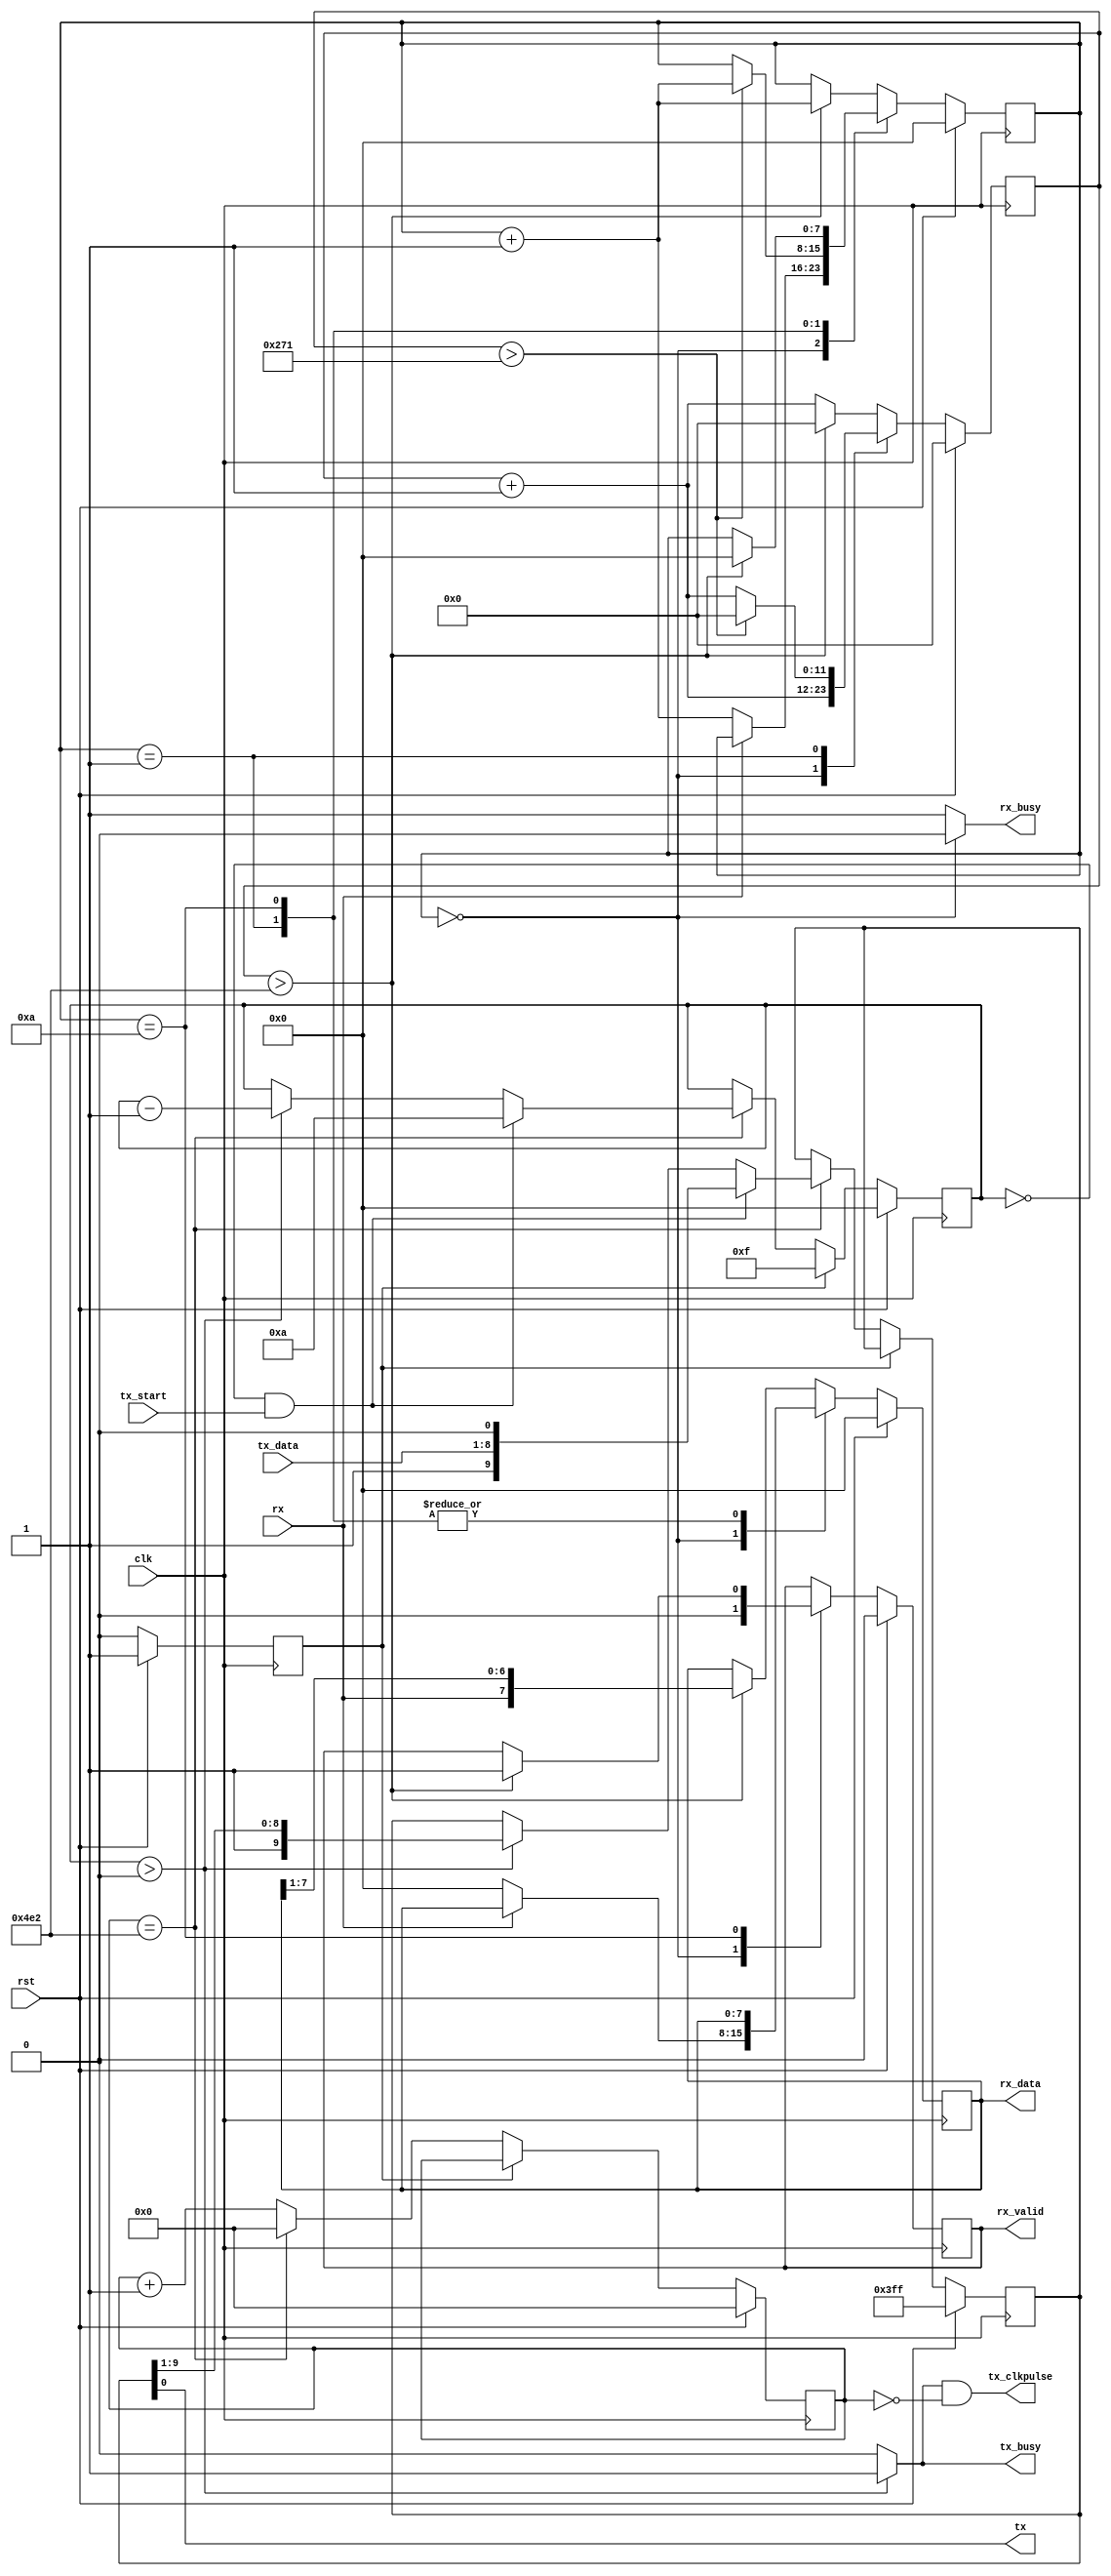
module uart #(
    parameter CLK_FREQ_MHZ = 12,
    parameter BAUD         = 9600
) (
    input        clk,
    input        rst,

    input        rx,
    output [7:0] rx_data,
    output       rx_valid,
    output       rx_busy,

    output       tx,
    input  [7:0] tx_data,
    input        tx_start,
    output       tx_busy,
    output       tx_clkpulse, // TODO: Should be removed, but TB uses it
);
    parameter divider      = CLK_FREQ_MHZ * 1000000 / BAUD;
    parameter half_divider = CLK_FREQ_MHZ * 1000000 / (2 * BAUD);
    parameter div_bits     = $clog2(divider);

    // Receiver
    reg [7:0] rx_state                       = 0;
    reg [$clog2(divider):0] rx_clk_counter   = 0;
    reg [7:0] rx_data_buffer                 = 0;
    reg       rx_buf_valid                   = 0;

    assign rx_data  = rx_data_buffer;
    assign rx_valid = rx_buf_valid;
    assign rx_busy  = rx_state == 0 ? 0 : 1;

    always @(posedge clk) begin
        if (rst) begin
            rx_data_buffer <= 8'h00;
            rx_buf_valid   <= 0;
            rx_state       <= 2'h0;
            rx_clk_counter <= 5'h00;

        end else begin
            rx_clk_counter <= rx_clk_counter + 1;
            case (rx_state)
                0: begin       // Waiting for start bit
                    rx_buf_valid   <= 0;
                    if (rx == 0) begin
                        rx_state       <= rx_state + 1;
                        rx_data_buffer <= 8'h00;
                    end
                end
                1: begin      // Counting start bit
                    if (rx_clk_counter > divider/2) begin
                        rx_state       <= rx_state + 1;
                        rx_clk_counter <= 0; // reset the clock counter so we poll halfway through data
                    end
                end
                10: begin     // Counting stop bit
                    if (rx_clk_counter > divider) begin
                        rx_buf_valid   <= 1;
                        rx_state       <= 0;
                        rx_clk_counter <= 0;
                    end
                end
                default begin // Sampling data bits
                    // sampling in the middle of the data, comes from divider/2 in state 1
                    if (rx_clk_counter > divider) begin
                        rx_state       <= rx_state + 1;
                        rx_data_buffer <= {rx, rx_data_buffer[7:1]};
                        rx_clk_counter <= 0;
                    end
                end
            endcase
        end
    end

    // Transmitter
    reg [div_bits-1:0] tx_div_cnt = 0;
    reg [9:0]          tx_buffer  = 10'h3ff;
    reg                dummy      = 0;
    reg [7:0]          bitcnt     = 0;

    assign tx          = tx_buffer[0];
    assign tx_busy     = bitcnt > 0 ? 1 : 0;
    assign tx_clkpulse = tx_busy && tx_div_cnt == 0;

    always @(posedge clk) begin
        if (rst) begin
            dummy      <= 1;
            tx_div_cnt <= 0;
            tx_buffer  <= ~0;
            bitcnt     <= 0;

        end else begin
            if (dummy == 1) begin
                dummy  <= 0;
                bitcnt <= 15;
            end else if (tx_div_cnt == divider) begin
                if (bitcnt == 0 && tx_start) begin
                    tx_buffer <= {1'b1, tx_data[7:0], 1'b0};
                    bitcnt    <= 10;
                end else if (bitcnt > 0) begin
                    bitcnt    <= bitcnt - 1;
                    tx_buffer <= {1'b1, tx_buffer[9:1]};
                end

                tx_div_cnt <= 0;
            end else begin
                tx_div_cnt <= tx_div_cnt + 1;
            end
        end
    end
endmodule